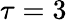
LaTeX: \tau=3